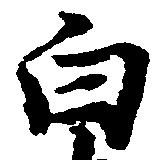
白